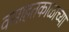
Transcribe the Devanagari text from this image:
वसाहतकाळाच्या